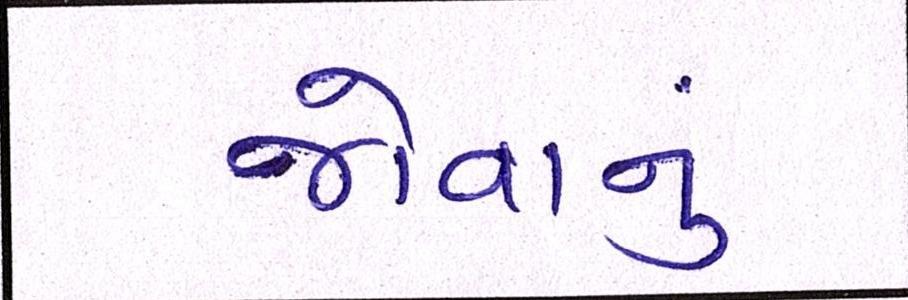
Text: જોવાનું